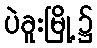
ပဲခူးမြို့၌